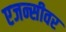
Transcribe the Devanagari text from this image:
एजन्सीवर